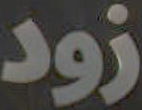
زود